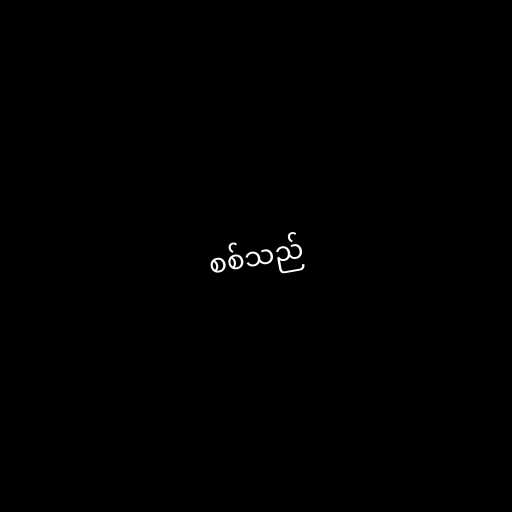
စစ်သည်